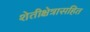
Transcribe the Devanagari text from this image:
शेतीक्षेत्रासहित